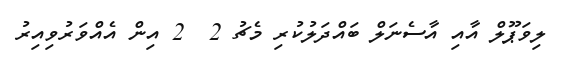
ލިވަޕޫލް އާއި އާސެނަލް ބައްދަލުކުރި މެޗު 2  2 އިން އެއްވަރުވިއިރު